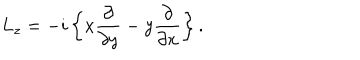
L _ { z } = - i \left\{ x { \frac { \partial } { \partial y } } - y { \frac { \partial } { \partial x } } \right\} .